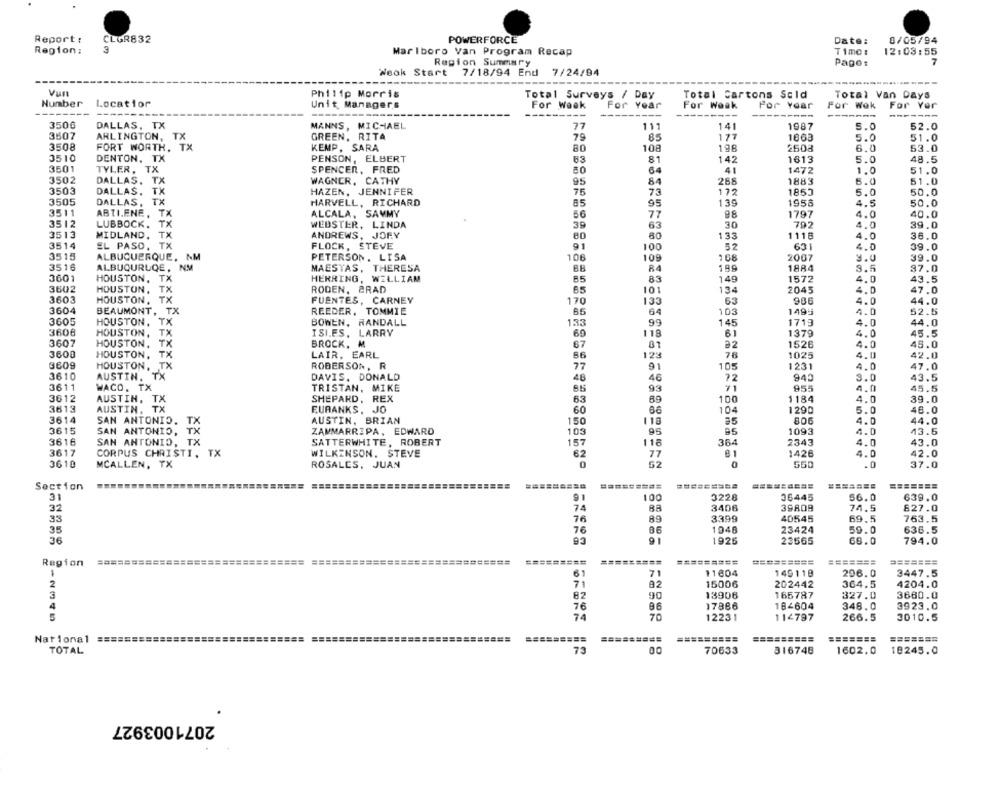
Report :
CLGR832
POWERFORCE
Date:
0/05/94
Region:
3
Marlboro van Program Recap
Time:
12:03:55
Region Summary
Pago:
7
Weok Start
7/18/94 End 7/24/94
Vun
Philip Morris
Total Surveys / Day
Total Cartons Sold
Total Van Days
Number
Location
Unit Managers
For Year
For Weak
For Weak
For Year
For Wek
For Yer
------
-------
3506
DALLAS, TX
MANNS, MICHAEL
77
111
141
1987
5.0
52.0
177
3507
ARLINGTON, TX
GREEN, RITA
79
85
1863
5.0
51.0
3508
FORT WORTH, TX
KEMP, SARA
8.0
108
198
2508
6.0
53.0
3510
DENTON, TX
PENSON, ELBERT
83
81
142
1613
5.0
48.5
3501
TYLER, TX
SPENCER, FRED
64
41
1472
1.0
51.0
3502
DALLAS.
TX
WAGNER, CATHY
95
84
268
1883
5.0
51.0
3503
DALLAS.
TX
HAZEN, JENNIFER
75
73
172
5.0
50.0
1855
3505
DALLAS,
TX
HARVELL, RICHARD
85
95
139
1958
4.5
50.0
3511
ABTIENE, TX
ALCALA, SAMMY
56
77
1797
4.0
40.0
TX
3512
LUBBOCK.
WEBSTER, LINDA
39
63
3.0
792
4.0
39.0
3513
MIDLAND.
TX
ANDREWS, JORY
80
80
133
1118
4.0
36.0
3514
EL PASO, TX
FLOCK, STEVE
100
52
631
4.0
39.0
3515
ALBUQUERQUE, NM
PETERSON, LISA
106
109
108
2007
3.0
39.0
3516
ALBUCURLQE, NM
MAESTAS, THERESA
RA
199
1884
3.5
37.0
3601
HOUSTON, TX
HERRING, WILLIAM
85
83
149
1572
4.0
43.5
3602
HOUSTON, TX
RODEN, BRAD
65
101
134
2045
4.0
47.0
3603
HOUSTON, TX
TX
FUENTES, CARNEY
170
133
63
986
4.0
44.0
3604
BEAUMONT, TX
REEDER, TOMMIE
85
64
103
1495
4.0
52.5
3605
HOUSTON, TX
BOWEN, RANDALL
133
99
145
1715
4.0
44.0
3606
HOUSTON, TX
ISI.ES. LARRY
69
118
1379
4.0
45.5
61
3607
HOUSTON, TX
BROCK, M
67
01
22
1526
4.0
45.0
3600
HOUSTON, TX
TX
LAIR, EARL
66
12:
1025
4.11
42.0
3609
HOUSTON, TX
91
105
ROBERSON, R
77
1231
4.0
47.0
3610
AUSTIN, TX
DAVIS. DONALD
48
46
72
943
3.0
43.5
3611
WACO, TX
TRISTAN, MIKE
93
71
955
4.0
45.5
3612
AUSTIN, TX
SHEPARD, REX
63
69
100
1184
4.0
39.0
3613
AUSTIN, TX
EUBANKS, JO
60
86
104
1290
5.0
46.0
3614
AUSTIN, BRIAN
118
35
4.0
44.0
SAN ANTONIO. TX
150
3615
SAN ANTONIO, TX
ZAMMARRIPA, EDWARD
103
95
1093
4.0
43.6
3616
SAN ANTONIO, TX
SATTERWHITE, ROBERT
157
118
364
2343
4.0
43.0
WILKINSON. STEVE
42.0
3617
CORPUS CHRISTI, TX
62
77
1426
4.0
3610
MCALLEN, TX
ROSALES, JUAN
52
550
.0
37.0
Section
========
31
91
100
3228
36445
56.0
639.0
32
74
3406
39809
74.5
827.0
33
76
89
3399
40545
69.5
763.5
35
76
1946
23424
59.0
636.5
36
93
91
1925
23565
60.0
794.0
Region
===========
======== =============================
=====
=========
=========
=========
=========
=======
=======
61
71
11604
149119
296.0
3447.5
2
7
92
15006
202442
364.5
4204.0
3
90
13906
327.0
3660.0
82
165787
4
76
9.6
17886
184604
348.0
3923.0
74
70
12231
114797
266.5
3010.5
National =======
=========
=========
=========
=======
TOTAL
316748
1602.0
73
00
70633
10245.0
2071003927